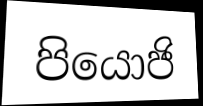
පියොජි